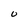
Character: U